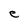
Character: e